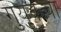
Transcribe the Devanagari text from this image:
गुयुकचा